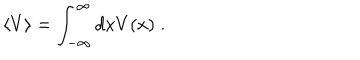
\left< V \right> = \int _ { - \infty } ^ { \infty } d x V ( x ) \; .